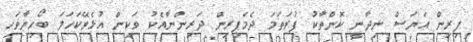
ފިރިން އަޔަސް ނިދާނީ ކޮންތާކު ފުރަތަމަ ދެމަފިރިން ދަރިންނާއެކު ވަކިން އުޅެވޭކަހަލަ ބޯހިޔާވަހި